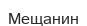
Мещанин